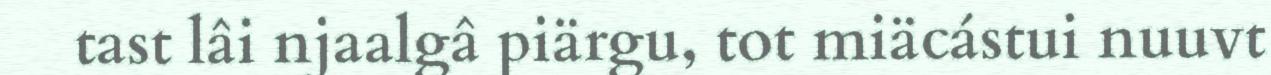
tast lâi njaalgâ piärgu, tot miäcástui nuuvt